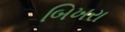
બિખરા